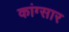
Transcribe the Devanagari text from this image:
कांग्सार